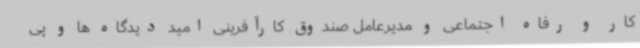
کار و رفاه اجتماعی و مدیرعامل صندوق کارآفرینی امید دیدگاه ها و پی